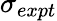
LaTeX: \sigma_{expt}